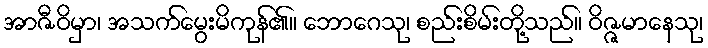
အာဇီဝိမှာ၊ အသက်မွေးမိကုန်၏။ ဘောဂေသု၊ စည်းစိမ်းတို့သည်။ ဝိဇ္ဇမာနေသု၊